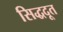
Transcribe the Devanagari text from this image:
सिद्धदूत